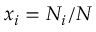
x _ { i } = N _ { i } / N